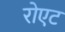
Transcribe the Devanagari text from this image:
रोएट